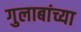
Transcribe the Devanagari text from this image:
गुलाबांच्या